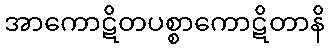
အာကောဋိတပစ္စာကောဋိတာနိ